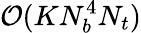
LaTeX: \mathcal{O}(KN_{b}^{4}N_{t})